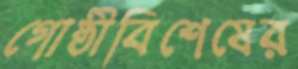
গোষ্ঠীবিশেষের